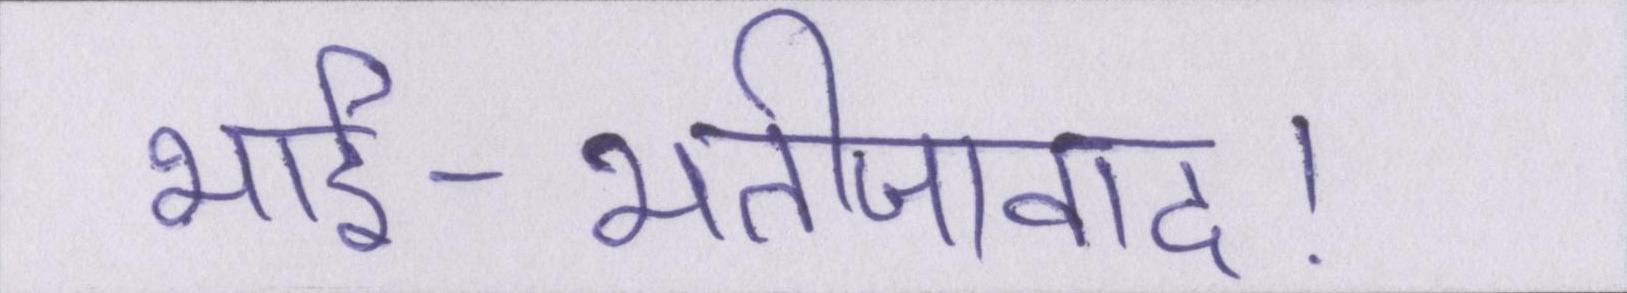
भार्इ-भतीजावाद।